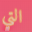
التي